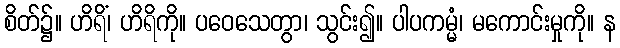
စိတ်၌။ ဟိရိံ၊ ဟိရိကို။ ပဝေသေတွာ၊ သွင်း၍။ ပါပကမ္မံ၊ မကောင်းမှုကို။ န